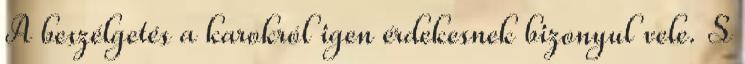
A beszélgetés a karokról igen érdekesnek bizonyul vele. S